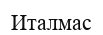
Италмас